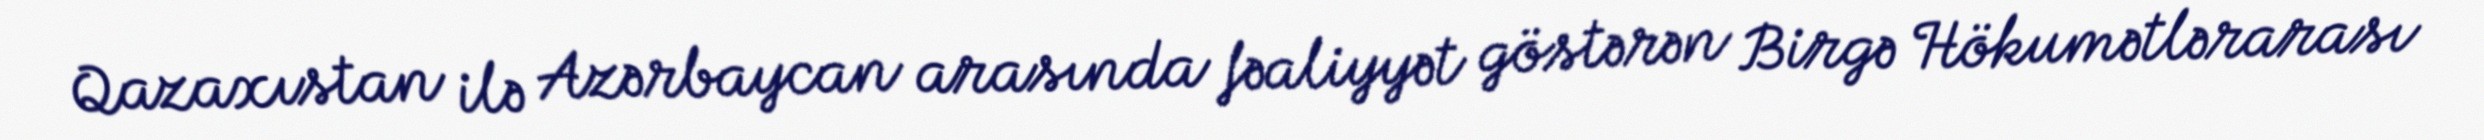
Qazaxıstan ilə Azərbaycan arasında fəaliyyət göstərən Birgə Hökumətlərarası